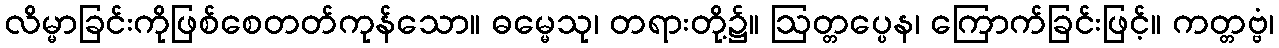
လိမ္မာခြင်းကိုဖြစ်စေတတ်ကုန်သော။ ဓမ္မေသု၊ တရားတို့၌။ ဩတ္တပ္ပေန၊ ကြောက်ခြင်းဖြင့်။ ကတ္တဗ္ဗံ၊